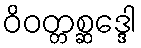
ဝိဝတ္တစ္ဆဒ္ဒေါ